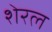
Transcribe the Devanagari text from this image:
शेरल